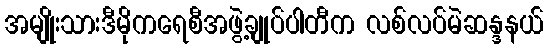
အမျိုးသားဒီမိုကရေစီအဖွဲ့ချုပ်ပါတီက လစ်လပ်မဲဆန္ဒနယ်